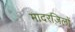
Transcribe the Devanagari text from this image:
मादरज़िलों